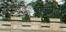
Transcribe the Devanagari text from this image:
एफपीटी